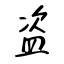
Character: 盗